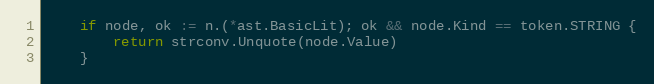
Language: Go
	if node, ok := n.(*ast.BasicLit); ok && node.Kind == token.STRING {
		return strconv.Unquote(node.Value)
	}